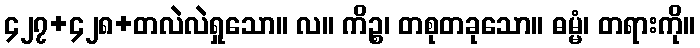
၄၂၇+၄၂၈+တလဲလဲရှုသော။ လ။ ကိဉ္စ၊ တစုတခုသော။ ဓမ္မံ၊ တရားကို။